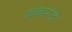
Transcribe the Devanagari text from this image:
ककारोंद्र